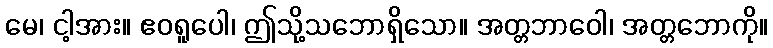
မေ၊ ငါ့အား။ ဧဝရူပေါ၊ ဤသို့သဘောရှိသော။ အတ္တဘာဝေါ၊ အတ္တဘောကို။